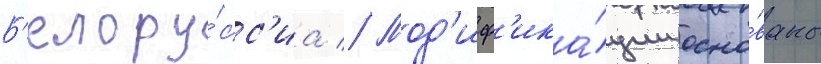
Б'елору́сс'иа // Мод'иф'ика́ции осно́ваны